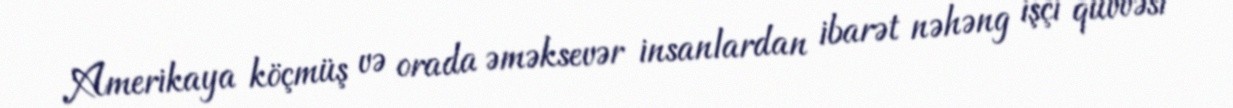
Amerikaya köçmüş və orada əməksevər insanlardan ibarət nəhəng işçi qüvvəsi